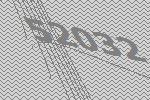
52032